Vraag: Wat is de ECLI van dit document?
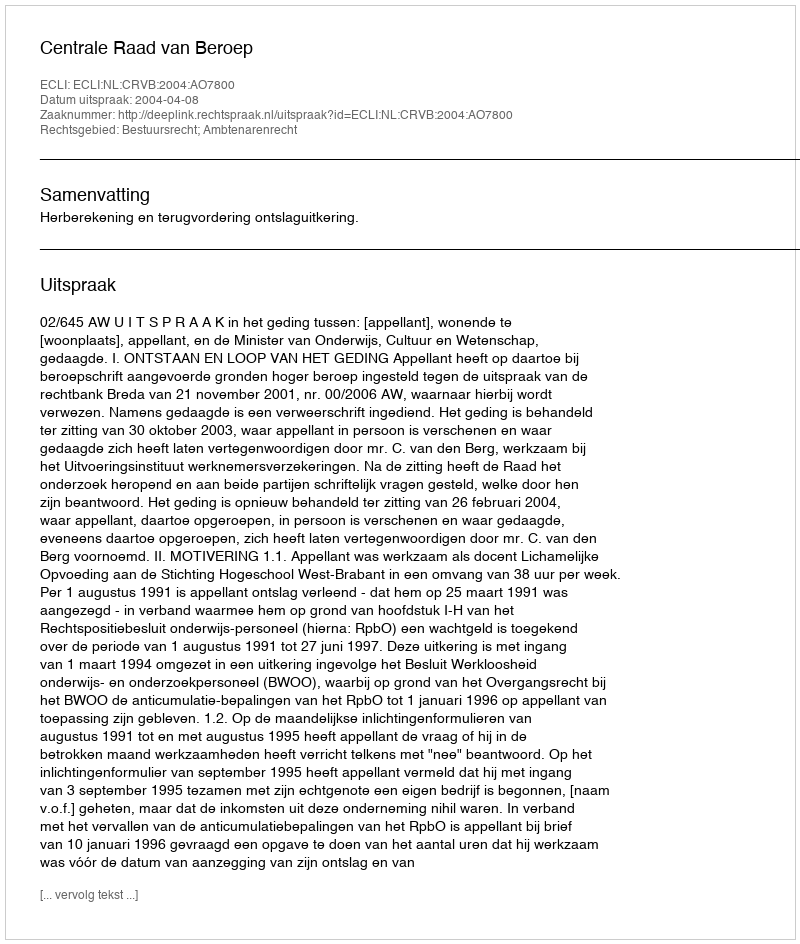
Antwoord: ECLI:NL:CRVB:2004:AO7800